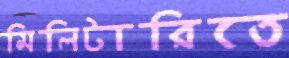
মিলিটারিতে